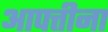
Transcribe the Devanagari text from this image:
आपत्तीना